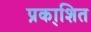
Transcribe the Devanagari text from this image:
प्रका्शित